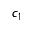
c _ { 1 }